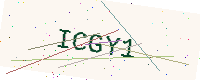
Text: ICGY1